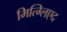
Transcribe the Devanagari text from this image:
मित्ग्लिएद